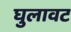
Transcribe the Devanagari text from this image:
घुलावट